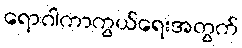
ရောဂါကာကွယ်ရေးအတွက်